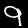
Label: 9